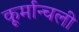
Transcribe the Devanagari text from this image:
कूर्मान्चली